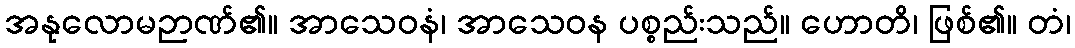
အနုလောမဉာဏ်၏။ အာသေဝနံ၊ အာသေဝန ပစ္စည်းသည်။ ဟောတိ၊ ဖြစ်၏။ တံ၊